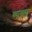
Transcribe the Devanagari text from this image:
व्याख्या